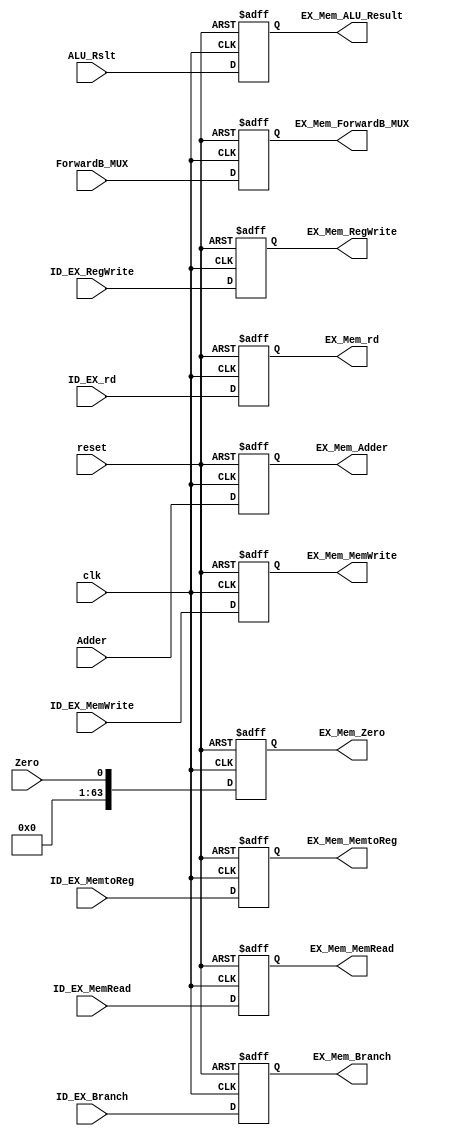
module EX_Mem (
  input clk, reset,
  input [4:0] ID_EX_rd,
  input [63:0] Adder, ALU_Rslt, ForwardB_MUX,
  input Zero,
  input ID_EX_Branch, ID_EX_MemRead, ID_EX_MemtoReg, ID_EX_MemWrite, ID_EX_RegWrite,
  output reg [4:0] EX_Mem_rd,
  output reg [63:0] EX_Mem_Adder, EX_Mem_ALU_Result, EX_Mem_ForwardB_MUX,
  output reg EX_Mem_Branch, EX_Mem_MemRead, EX_Mem_MemtoReg, EX_Mem_MemWrite, EX_Mem_RegWrite,
  output reg [63:0] EX_Mem_Zero
);

  always @(posedge clk or posedge reset) begin
    if (reset) begin
      EX_Mem_Branch <= 0;
      EX_Mem_MemRead <= 0;
      EX_Mem_MemtoReg <= 0;
      EX_Mem_MemWrite <= 0;
      EX_Mem_RegWrite <= 0;
      EX_Mem_Adder <= 0;
      EX_Mem_ALU_Result <= 0;
      EX_Mem_ForwardB_MUX <= 0;
      EX_Mem_rd <= 0;
      EX_Mem_Zero <= 0;
    end else begin
      EX_Mem_Branch <= ID_EX_Branch;
      EX_Mem_MemRead <= ID_EX_MemRead;
      EX_Mem_MemtoReg <= ID_EX_MemtoReg;
      EX_Mem_MemWrite <= ID_EX_MemWrite;
      EX_Mem_RegWrite <= ID_EX_RegWrite;
      EX_Mem_Adder <= Adder;
      EX_Mem_ALU_Result <= ALU_Rslt;
      EX_Mem_ForwardB_MUX <= ForwardB_MUX;
      EX_Mem_rd <= ID_EX_rd;
      EX_Mem_Zero <= Zero;
    end
  end
  
endmodule